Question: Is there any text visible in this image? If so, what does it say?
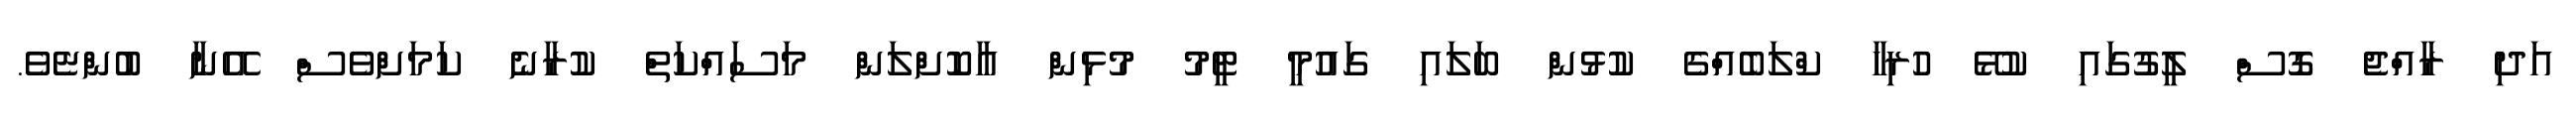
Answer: އަދި ރާއްޖެ ގޮސް ލީގުގައި ކުޅޭ ހުރިހާ ކްލަބެއްގެ ކުޅުން ބަލައި ގައުމީ ޓީމު މުޅިން އާކޮށްލަން މަސައްކަތް ކުރާނެ ކަމަށްވެސް އޭނާ ބުންޏެވެ.